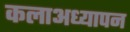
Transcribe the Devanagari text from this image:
कलाअध्यापन